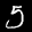
Label: 5